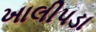
ખાલીપડા